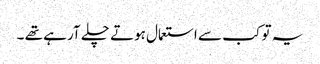
یہ تو کب سے استعمال ہوتے چلے آرہے تھے ۔